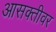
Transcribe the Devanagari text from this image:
आसक्तीवर